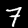
Label: 7